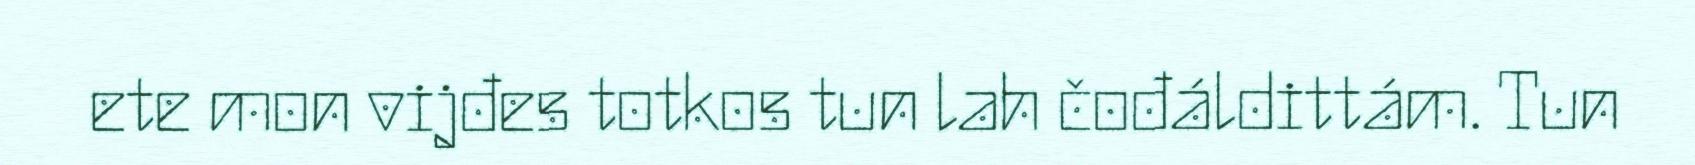
ete mon vijđes totkos tun lah čođáldittám. Tun